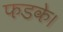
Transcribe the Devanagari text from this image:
फडके।